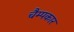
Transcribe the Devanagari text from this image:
चैम्पकार